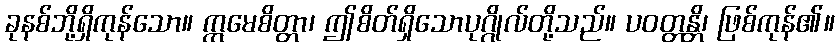
ခုနစ်ဘို့ရှိကုန်သော။ ဣမေစိတ္တာ၊ ဤစိတ်ရှိသောပုဂ္ဂိုလ်တို့သည်။ ပဝတ္တန္တိ၊ ဖြစ်ကုန်၏။